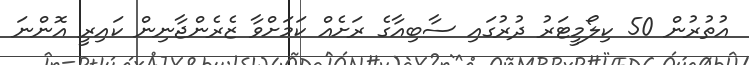
އުތުރުން 50 ކިލޯމީޓަރު ދުރުގައި ސާބިއާގެ ރަށެއް ކަމަށްވާ ޒެރެންޖާނިން ކައިރީ އޮންނަ